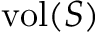
\mathrm { v o l } ( S )